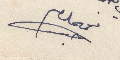
نعمه الله